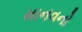
માનવનો